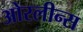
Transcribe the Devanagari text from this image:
ओरलीन्स